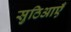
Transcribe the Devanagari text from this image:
सुठिआएँ